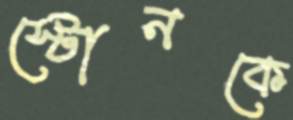
স্টোনকে